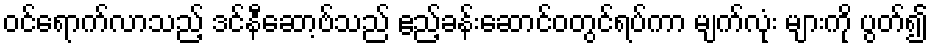
ဝင်ရောက်လာသည့် ဒင်နီဆော့ဗ်သည် ဧည့်ခန်းဆောင်ဝတွင်ရပ်ကာ မျက်လုံး များကို ပွတ်၍